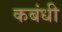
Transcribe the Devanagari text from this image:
कबंधी